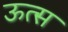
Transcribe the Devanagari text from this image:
ऊत्स